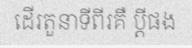
ដើរតួនាទីពីរគឺ ប្តីផង